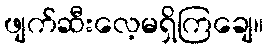
ဖျက်ဆီးလေ့မရှိကြချေ။